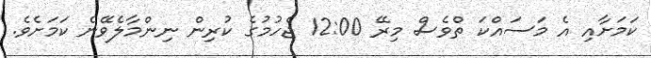
ކަމަށާއި އެ މަސައްކަ ތްވެސް މިރޭ 12:00 ޖެހުމުގެ ކުރިން ނިންމާލެވޭނެ ކަމަށެވެ.